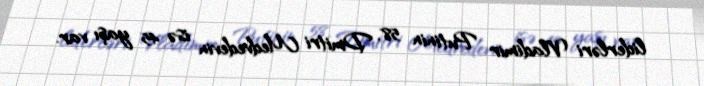
liderləri Vladimir Putinin 58, Dmitri Medvedevin isə 45 yaşı var.